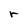
Character: r